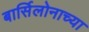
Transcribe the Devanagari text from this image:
बार्सिलोनाच्या